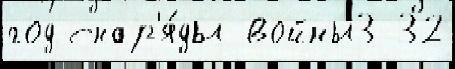
год снар'я́ды войны3 32